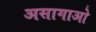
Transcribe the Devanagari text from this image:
असागाओ